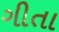
ગીતા